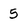
Character: 5